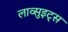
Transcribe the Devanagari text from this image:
लाव्सुइट्स